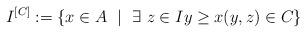
LaTeX: \begin{align*}I^{[C]}:=\{x\in A~ \mid ~\exists~ z\in I y\geq x (y,z)\in C\}\end{align*}